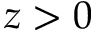
\relax z > 0